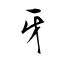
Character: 牙